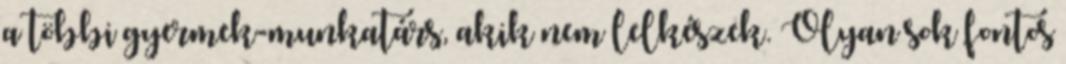
a többi gyermek-munkatárs, akik nem lelkészek. Olyan sok fontos